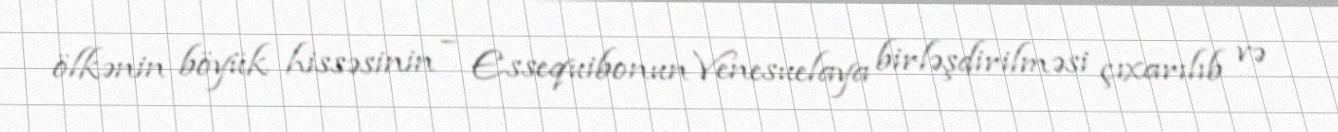
ölkənin böyük hissəsinin – Essequibonun Venesuelaya birləşdirilməsi çıxarılıb və